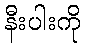
နီးပါးကို